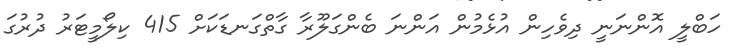
ހަބްލީ އޮންނަނީ ދިވެހިން އުޅެމުން އަންނަ ބެންގަލޫރާ ގާތްގަނޑަކަށް 415 ކިލޯމީޓަރު ދުރުގަ